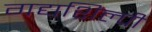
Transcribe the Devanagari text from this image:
गद्यशिल्पी